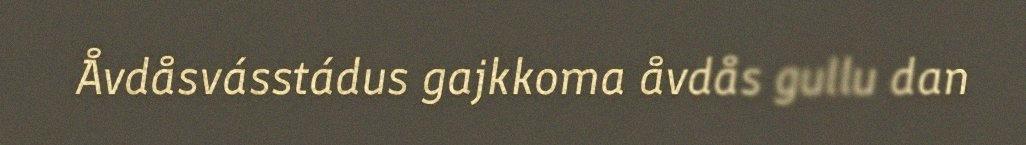
Åvdåsvásstádus gajkkoma åvdås gullu dan